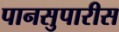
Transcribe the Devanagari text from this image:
पानसुपारीस